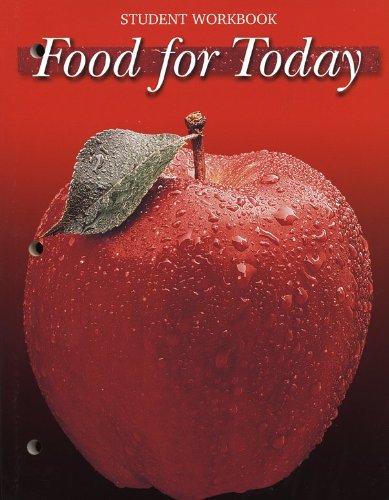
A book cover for Food For Today, Student Workbook; McGraw-Hill Education; Teen & Young Adult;